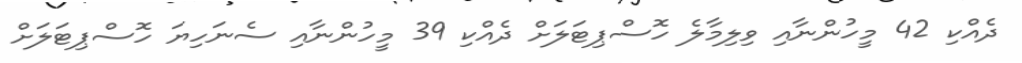
ދެއްކި 42 މީހުންނާއި ވިލިމާލެ ހޮސްޕިޓަލަށް ދެއްކި 39 މީހުންނާއި ސެނަހިޔަ ހޮސްޕިޓަލަށް